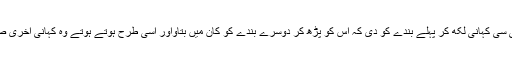
ایک پرچی پر ایک چھوٹی سی کہانی لکھ کر پہلے بندے کو دی کہ اس کو پڑھ کر دوسرے بندے کو کان میں بتاواور اسی طرح ہوتے ہوتے وہ کہانی آخری صاحب کے پاس پہنچ گئی۔